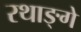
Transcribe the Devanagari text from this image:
रथाङ्गे